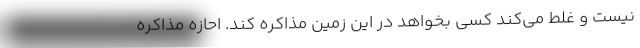
نیست و غلط می‌کند کسی بخواهد در این زمین مذاکره کند. احازه مذاکره